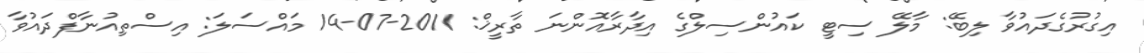
އިގުރުގެދައުވާ ލިބޭ: މާލޭ ސިޓީ ކައުންސިލްގެ އިދާރާއޮންނަ ތާރީޚް: 2011-07-14 މައްސަލަ: އިސްތިއުނާފްދައުވާ